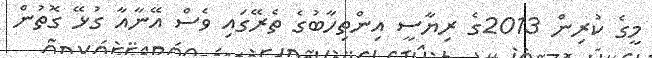
މީގެ ކުރިން 2013ގެ ރިޔާސީ އިންތިހާބުގެ ތެރޭގައި ވެސް އޭނާއާ ގުޅޭ ގޮތުން